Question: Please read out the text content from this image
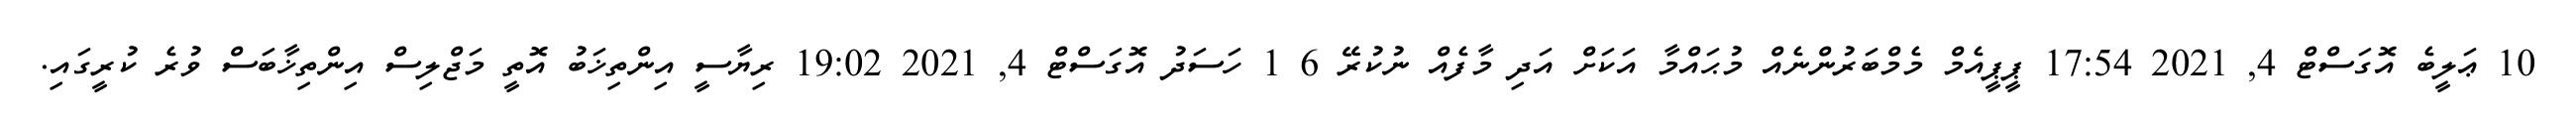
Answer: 10 ޢަލީބެ އޮގަސްޓް 4, 2021 17:54 ޕީޕީއެމް މެމްބަރުންނެއް މުޙައްމާ އަކަށް އަދި މާފެއް ނުކުރޭ 6 1 ހަސަދު އޮގަސްޓް 4, 2021 19:02 ރިޔާސީ އިންތިޚަބު އޮތީ މަޖްލިސް އިންތިޚާބަސް ވުރެ ކުރީގައި.